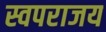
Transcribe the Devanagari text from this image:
स्वपराजय